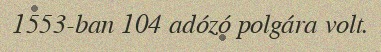
1553-ban 104 adózó polgára volt.